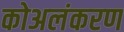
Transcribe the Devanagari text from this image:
कोअलंकरण